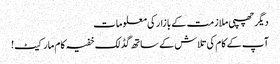
دیگر چھپی ملازمت کے بازار کی معلومات
آپ کے کام کی تلاش کے ساتھ گڈ لک خفیہ کام مارکیٹ!